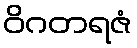
ဝိဂတရဇံ